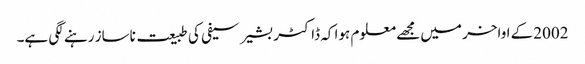
2002کے اواخر میں مجھے معلوم ہوا کہ ڈاکٹر بشیر سیفی کی طبیعت ناساز رہنے لگی ہے۔